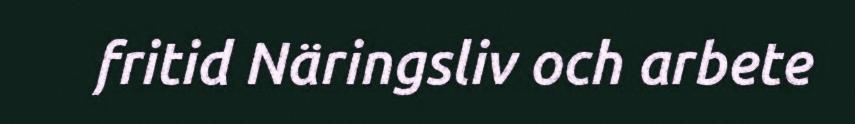
fritid Näringsliv och arbete